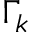
\Gamma _ { k }